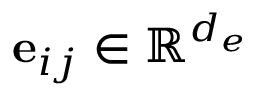
\mathbf { e } _ { i j } \in \mathbb { R } ^ { d _ { e } }